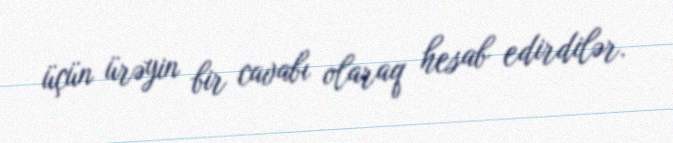
üçün ürəyin bir cavabı olaraq hesab edirdilər.